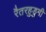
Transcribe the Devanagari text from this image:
रैतरहुडुगी